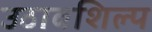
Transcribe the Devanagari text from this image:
उठावशिल्प